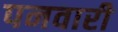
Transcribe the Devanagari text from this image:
पनवारी